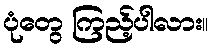
ပုံတွေ ကြည့်ပါလား။